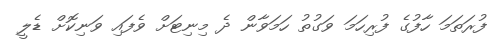
ފުރަތަމަ ހާފުގެ ފުރިހަމަ ވަގުތު ހަމަވާން ދެ މިނިޓަށް ވެފައި ވަނިކޮށް ޑެލީ